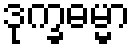
ဒုက္ခဓမ္မာ